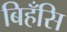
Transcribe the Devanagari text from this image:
बिहँसि